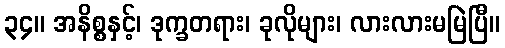
၃၄။ အနိစ္စနှင့်၊ ဒုက္ခတရား၊ ခုလိုများ၊ လားလားမမြဲပြီ။